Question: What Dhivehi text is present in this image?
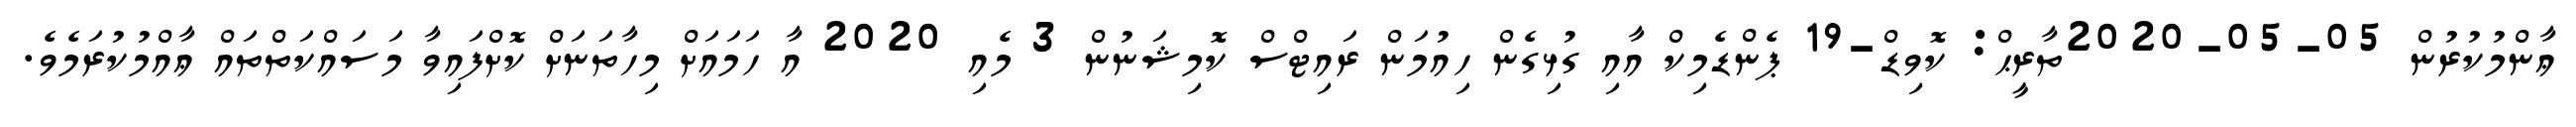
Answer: ޢާންމުކުރުން 05-05-2020ތާރީޙް: ކޮވިޑް-19 ޕެންޑެމިކް އާއި ގުޅިގެން ހިއުމަން ރައިޓްސް ކޮމިޝަނުން 3 މެއި 2020 އާ ހަމައަށް މިހާތަނަށް ކޮށްފައިވާ މަސައްކަތްތައް ޢާއްމުކުރަމެވެ.